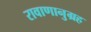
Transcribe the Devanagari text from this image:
रावाणानुग्रह